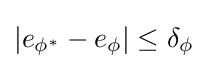
|e_{\phi ^{*}}-e_{\phi }|\leq \delta _{\phi }